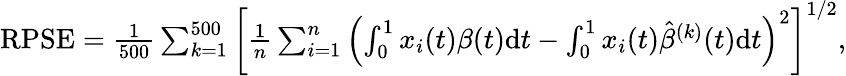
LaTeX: \begin{array}{r}{\mathrm{RPSE}=\frac{1}{500}\sum_{k=1}^{500}\left[\frac{1}{n}\sum_{i=1}^{n}\left(\int_{0}^{1}x_{i}(t)\beta(t)\mathrm{d}t-\int_{0}^{1}x_{i}(t)\hat{\beta}^{(k)}(t)\mathrm{d}t\right)^{2}\right]^{1/2},}\end{array}